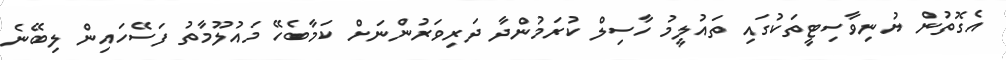
އެގޮތުން ޔުނިވާސިޓީތަކުގައި ތައުލީމު ހާސިލް ކުރަމުންދާ ދަރިވަރުންނަށް ކަމާބެހޭ މައުލޫމާތު ފަސޭހައިން ލިބޭނެ